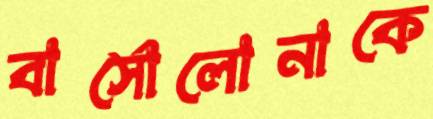
বার্সোলোনাকে